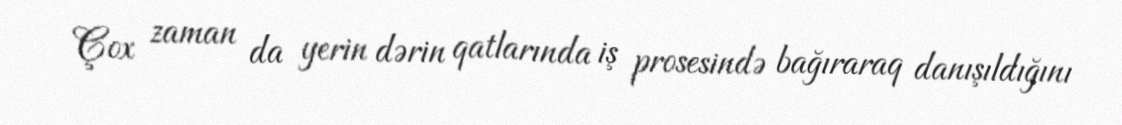
Çox zaman da yerin dərin qatlarında iş prosesində bağıraraq danışıldığını